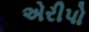
એરીપો